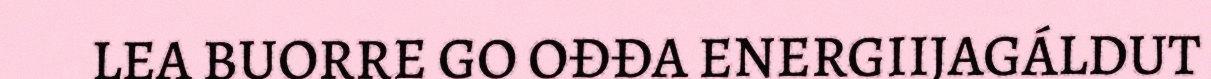
LEA BUORRE GO OĐĐA ENERGIIJAGÁLDUT